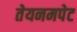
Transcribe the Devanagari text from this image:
तेयनमपेट